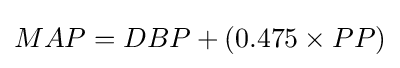
MAP=DBP+(0.475\times PP)